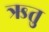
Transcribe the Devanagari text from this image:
ऋतुु